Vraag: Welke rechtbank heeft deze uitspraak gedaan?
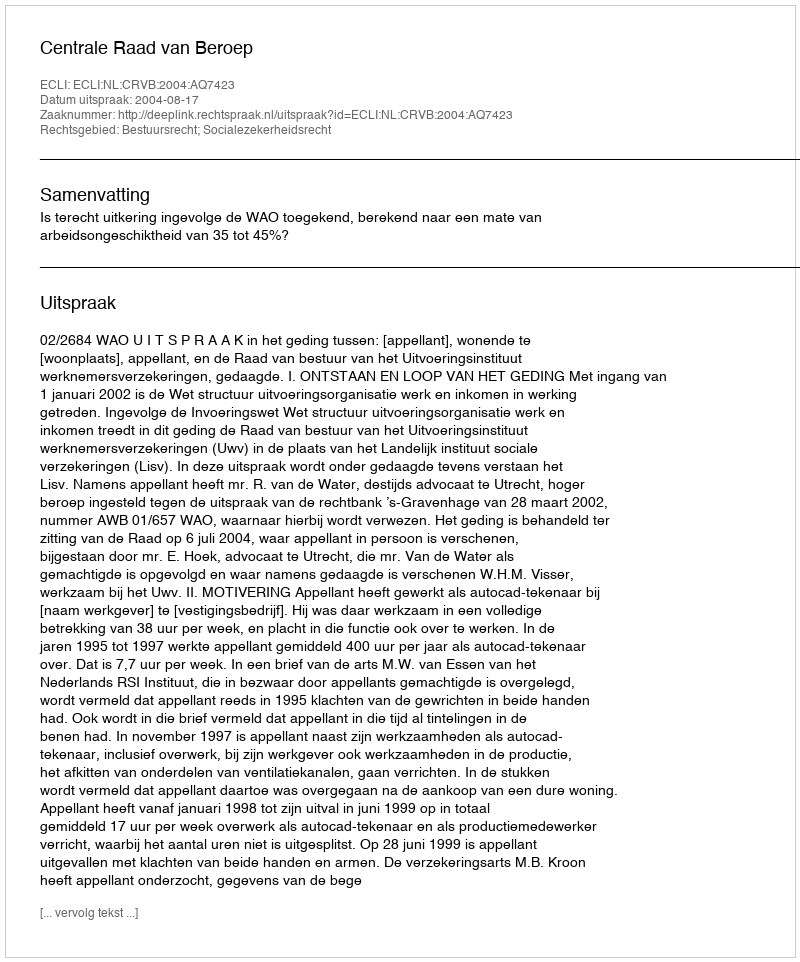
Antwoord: Centrale Raad van Beroep